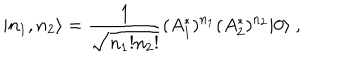
LaTeX: | n _ { 1 } , n _ { 2 } \rangle = \frac { 1 } { \sqrt { n _ { 1 } ! n _ { 2 } ! } } ( A _ { 1 } ^ { * } ) ^ { n _ { 1 } } ( A _ { 2 } ^ { * } ) ^ { n _ { 2 } } | 0 \rangle \ ,